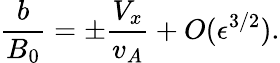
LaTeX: \frac{b}{B_{0}}=\pm\frac{V_{x}}{v_{A}}+O(\epsilon^{3/2}).